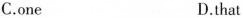
C.one D.that